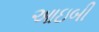
આઇબી